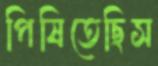
পিষিতেছিস